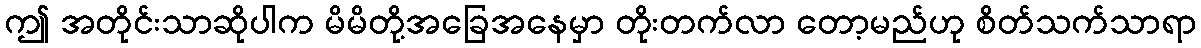
ဤ အတိုင်းသာဆိုပါက မိမိတို့အခြေအနေမှာ တိုးတက်လာ တော့မည်ဟု စိတ်သက်သာရာ